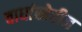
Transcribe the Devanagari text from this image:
वाघांखेरीज